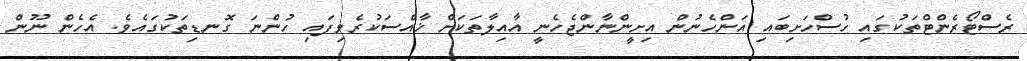
ރެސްޓޯރެންޓްތަކުގައި ހުސްހަށިބައި އަންހެނުން އިށީންނާންޖެހެނީ އާއިލާތަކަށް ޚާއްސަކުރެވިފައި ހުންނަ ގޮނޑިތަކުގައެވެ. އެހެން ނޫން